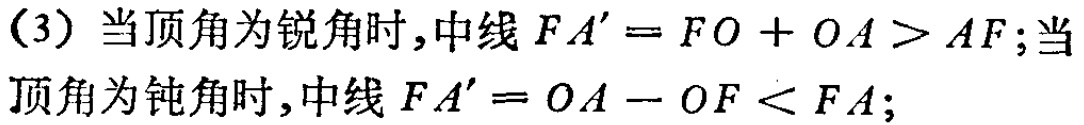
（3）当顶角为锐角时,中线 \(FA' = FO + OA>AF\);当顶角为钝角时,中线 \(FA' = OA - OF<FA\);